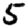
Digit: 5